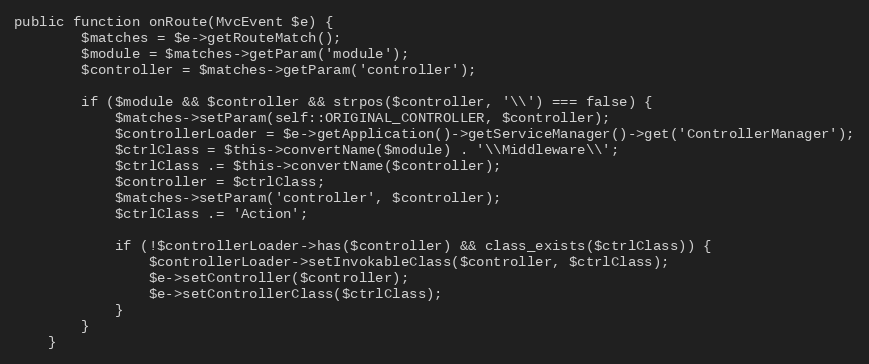
Language: PHP
public function onRoute(MvcEvent $e) {
        $matches = $e->getRouteMatch();
        $module = $matches->getParam('module');
        $controller = $matches->getParam('controller');

        if ($module && $controller && strpos($controller, '\\') === false) {
            $matches->setParam(self::ORIGINAL_CONTROLLER, $controller);
            $controllerLoader = $e->getApplication()->getServiceManager()->get('ControllerManager');
            $ctrlClass = $this->convertName($module) . '\\Middleware\\';
            $ctrlClass .= $this->convertName($controller);
            $controller = $ctrlClass;
            $matches->setParam('controller', $controller);
            $ctrlClass .= 'Action';

            if (!$controllerLoader->has($controller) && class_exists($ctrlClass)) {
                $controllerLoader->setInvokableClass($controller, $ctrlClass);
                $e->setController($controller);
                $e->setControllerClass($ctrlClass);
            }
        }
    }